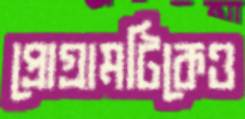
প্রোগ্রামটিকেও